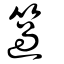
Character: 簻